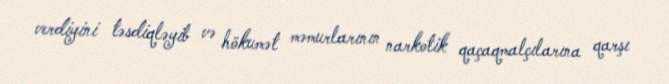
verdiyini təsdiqləyib və hökumət məmurlarının narkotik qaçaqmalçılarına qarşı